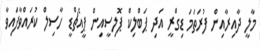
މާލީ ދާއިރާއިން ފުރަތަމަ ޑިގްރީ އަދި ޕަބްލިކް ޕޮލިސީއިން ޕީއެޗްޑީ ހާސިލް ކުރައްވާފައިވާ